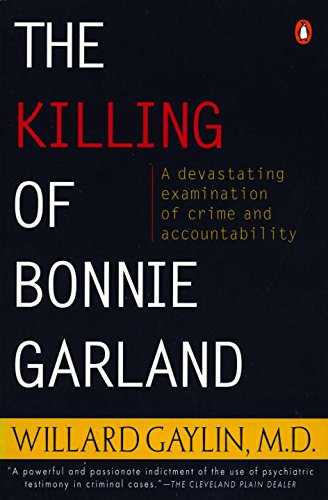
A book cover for The Killing of Bonnie Garland: A Question of Justice; Willard Gaylin; Law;